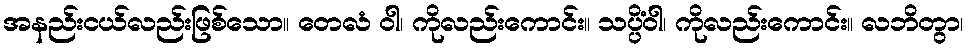
အနည်းငယ်လည်းဖြစ်သော။ တေလံ ဝါ၊ ကိုလည်းကောင်း။ သပ္ပိံဝါ၊ ကိုလည်းကောင်း။ လဘိတွာ၊